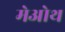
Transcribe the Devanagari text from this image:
मेओथ